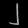
Digit: ၂